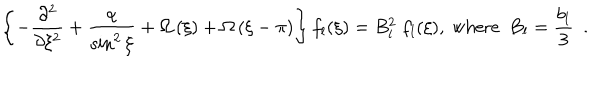
LaTeX: \left\{ - \frac { \partial ^ { 2 } } { \partial \xi ^ { 2 } } + \frac { \alpha } { \sin ^ { 2 } \xi } + \Omega \left( \xi \right) + \Omega \left( \xi - \pi \right) \right\} f _ { l } ( \xi ) = B _ { l } ^ { 2 } ~ f _ { l } ( \xi ) , ~ \mathrm { w h e r e } ~ ~ B _ { l } = \frac { b _ { l } } { 3 } ~ ~ .